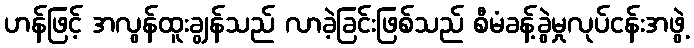
ဟန်ဖြင့် အလွန်ထူးချွန်သည် လာခဲ့ခြင်းဖြစ်သည် စီမံခန့်ခွဲမှုလုပ်ငန်းအဖွဲ့